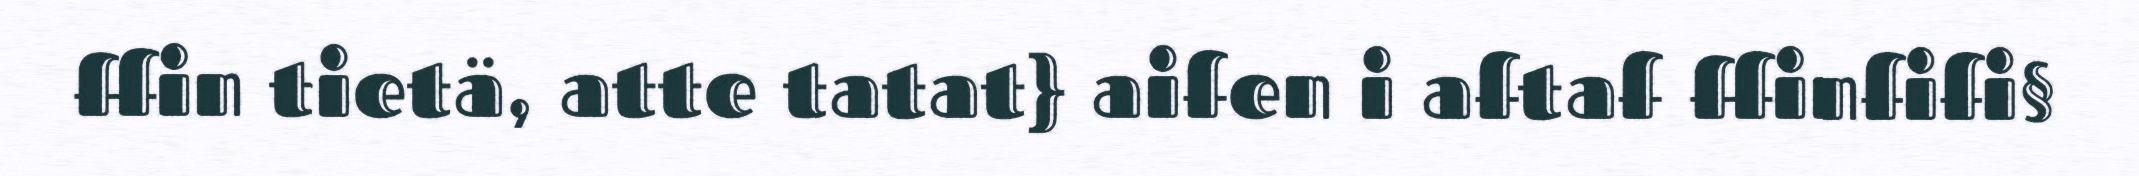
ffin tietä, atte tatat} aifen i aftaf ffinfifi§